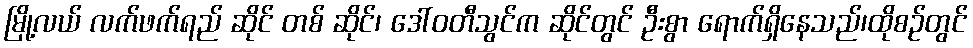
မြို့လယ် လက်ဖက်ရည် ဆိုင် တစ် ဆိုင်၊ ဒေါ်ဝတီသွင်က ဆိုင်တွင် ဦးစွာ ရောက်ရှိနေသည်၊ထိုစဉ်တွင်